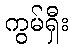
ကွမ်ရှီး